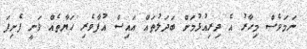
ނަމަވެސް މިހާރު އެ ދިރިއުޅުމަށް ބަދަލުތައް އައިސް އުފާވެރި ހަޔާތެއް ވަނީ ފެށިފަ